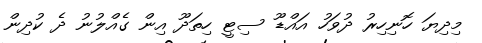
މިދިޔަ ހޮނިހިރު ދުވަހު އައްޑޫ ސިޓީ ހިތަދޫ އިން ގެއްލުނު ދެ ކުދިން